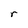
Character: r